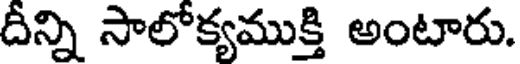
దీన్ని సాలోక్యముక్తి అంటారు.